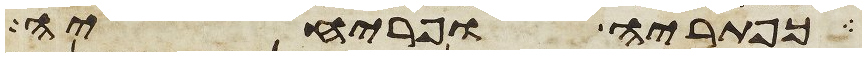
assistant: כפתריה ופרחיה